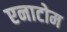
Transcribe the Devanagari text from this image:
एनाटोम